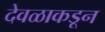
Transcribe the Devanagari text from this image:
देवळाकडून